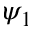
\psi _ { 1 }